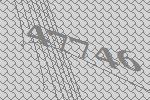
47746